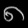
Digit: ၈